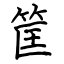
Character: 筐